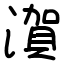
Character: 㵑